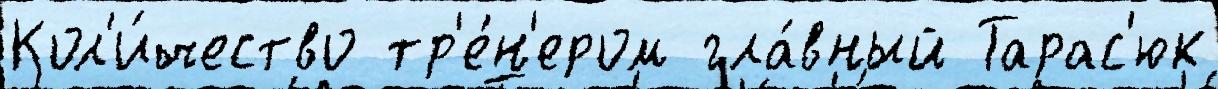
Кол'и́чество тр'е́н'ером гла́вный Тарас'юк